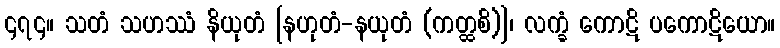
၄၇၄။ သတံ သဟဿံ နိယုတံ [နဟုတံ-နယုတံ (ကတ္ထစိ)]၊ လက္ခံ ကောဋိ ပကောဋိယော။